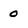
Character: 0